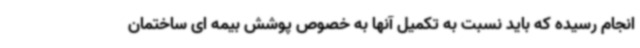
انجام رسیده که باید نسبت به تکمیل آنها به خصوص پوشش بیمه ای ساختمان